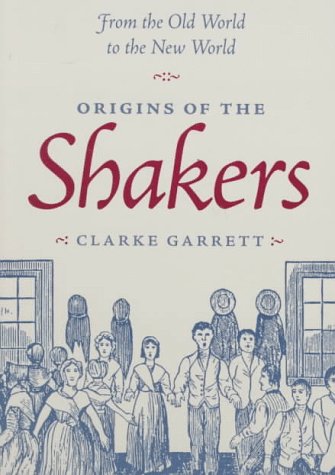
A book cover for Spirit Possession and Popular Religion: From the old world to the new world: Origins of the Shakers; Clarke Garrett; Christian Books & Bibles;